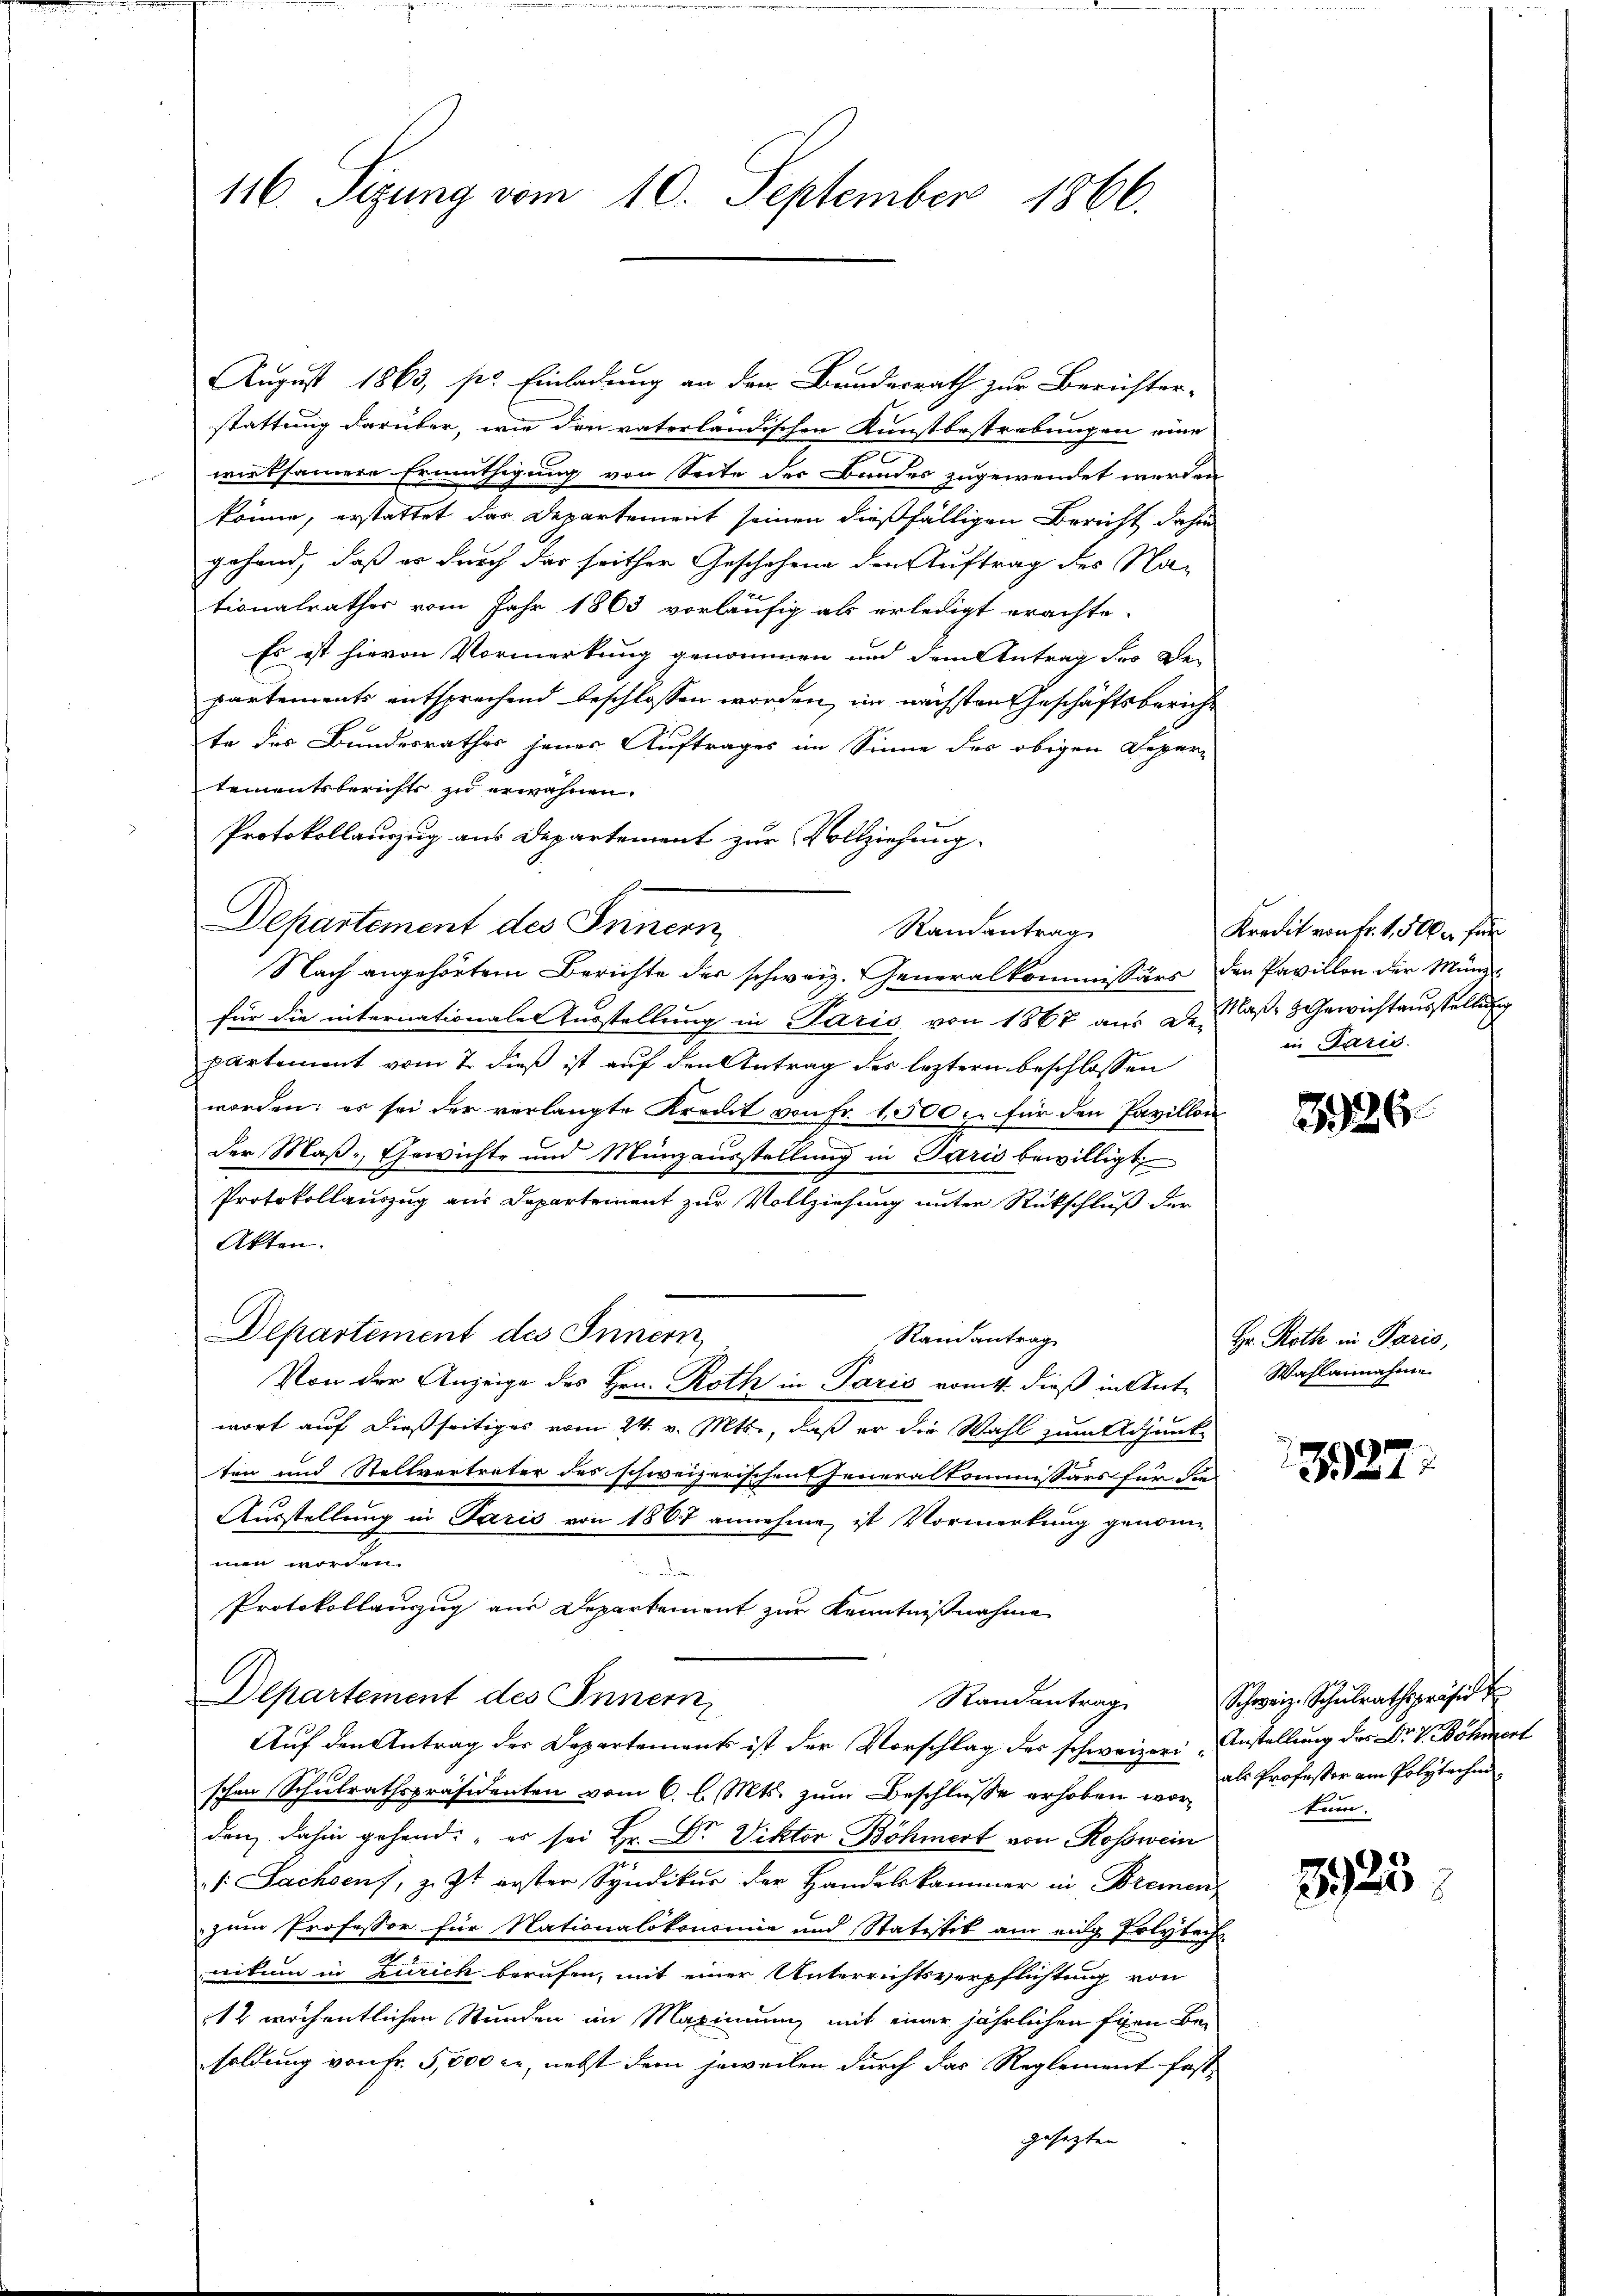
116. Sitzung vom 10. September 1866.

August 1863, pr. Einladung an dem Bruderrath zur Berichter-
stattung darüber, wie den vaterländischen Kunstbestrebungen eine
wirksamere Ermüthigung von Seite der Bundes zugewendet werden
könne, erstattet das Departement seinen dießfälligen Bericht dahin
gehand, daß er durch der seither Geschehene den Auftrag des Nationalrathes vom Jahr 1863 vorläufig als erledigt erachte-
Es ist hievon Vormerkung genommen und dem Antrag des De-
partements entsprechend beschlossen worden, im nächsten Geschäftsbericht
te des Bundesrathes jenes Auftrages im Sinne des obigen Departementsberichts zu erwähnen.
Protokollauszug aus Departement zur Vollziehung.
Departement des Innern,
Nach angehörtem Berichte der schweiz. Generalkommissärs den Pavillon der Münzfür die internationale Ausstellung in Paris von 1867 aus Dr. Claße 3 Gewichtausstellung
partement vom 7. dieß ist auf den Antrag des leztern beschlossen
worden; es sei der verlangte Kredit von Fr. 1500 f. für den Pavillon
der Maß- Gewichte und Münzausstellung in Paris bewilligt,
Protokollauszug am Departement zur Vollziehung unter Rückschluß der
Akten.
Departement des Innern
Randantrag
Von der Anzeige des Hrn. Roth in Paris vom 1. dieß in Ant-
wort auf dießseitiges vom 24. v. Mts., daß er die Wahl zum Adjunkten und Stellvertreter des schweizerischen Generalkommissärs für die
Ausstellung in Paris von 1867 annehme, ist Vormerkung genommen werden.

Protokollauszug aus Departement zur Kenntnißnahme
Departement des Innern
Randantrag
Aŭf den Antrag der Departement ist der Vorschlag des schweizer Anstellung der Dr. J. Böhmert
schen Schulrathspräsidenten vom 6. l. Mts. zum Beschlusse erhoben war als Professor am Polytechen
denz dahin gehend: „es sei Hr. Dr. Viktor Böhmert von Rosswein
 Sachsens, z. Zt. erster Syndikur der Handelskammer in Bremen,
zum Professor für Nationalökoncinie und Statistik am eidg Polytech
nikum in Zürich berufen, mit einer Unterrichtsverpflichtung von
12 wöchentlichen Stunden im Maximum mit einer jährlichen Eigen Besoldung von Fr. 5,000 cr, nebst dem jeweilen durch das Reglement fast
gesetzten

Randantrag

Kredit von Fr. 1,500 für
in Paris.

326.

Hr. Roth in Paris,
Wahlannahme

327

Schweiz. Schulrathspräsid
tum:

3925